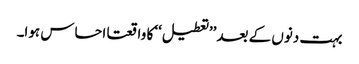
بہت دنوں کے بعد ’’تعطیل‘‘ کا واقعتا احساس ہوا۔